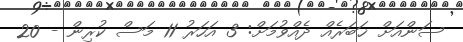
ސަންއަށް ޚަބަރެއް ދެއްވުމަށް: 3 އަހަރު 11 މަސް ކުރިން - 20